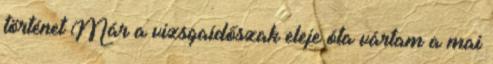
történet Már a vizsgaidőszak eleje óta vártam a mai